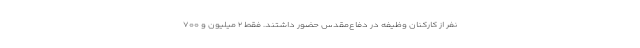
نفر از کارکنان وظیفه در دفاع‌مقدس حضور داشتند. فقط ۲ میلیون و ۷۰۰